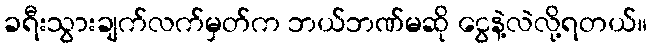
ခရီးသွားချက်လက်မှတ်က ဘယ်ဘဏ်မဆို ငွေနဲ့လဲလို့ရတယ်။